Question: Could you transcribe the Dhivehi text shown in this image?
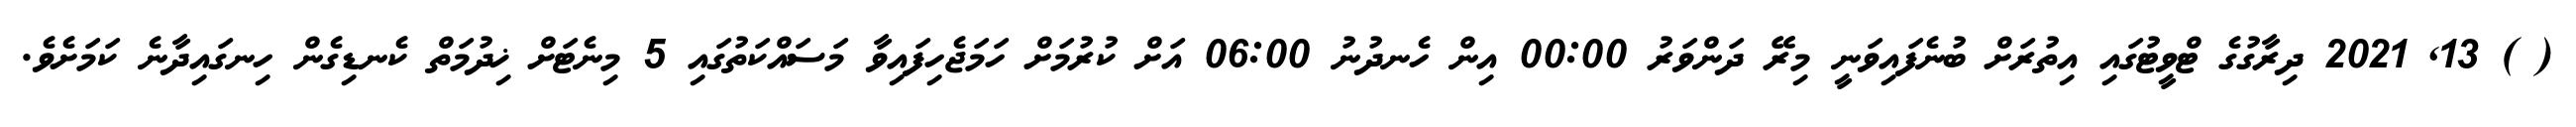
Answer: ( ) 13, 2021 ދިރާގުގެ ޓްވީޓުގައި އިތުރަށް ބުނެފައިވަނީ މިރޭ ދަންވަރު 00:00 އިން ހެނދުނު 06:00 އަށް ކުރުމަށް ހަމަޖެހިފައިވާ މަސައްކަތުގައި 5 މިނެޓަށް ޚިދުމަތް ކެނޑިގެން ހިނގައިދާނެ ކަމަށެވެ.